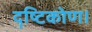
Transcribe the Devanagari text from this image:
दॄष्‍टिकोण।